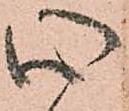
心